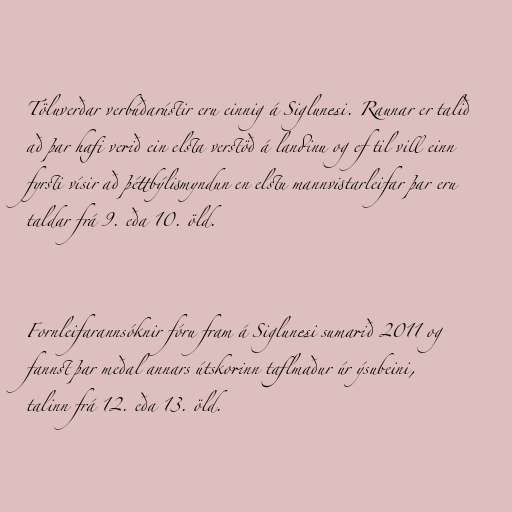
Töluverðar verbúðarústir eru einnig á Siglunesi. Raunar er talið
að þar hafi verið ein elsta verstöð á landinu og ef til vill einn
fyrsti vísir að þéttbýlismyndun en elstu mannvistarleifar þar eru
taldar frá 9. eða 10. öld.

Fornleifarannsóknir fóru fram á Siglunesi sumarið 2011 og
fannst þar meðal annars útskorinn taflmaður úr ýsubeini,
talinn frá 12. eða 13. öld.